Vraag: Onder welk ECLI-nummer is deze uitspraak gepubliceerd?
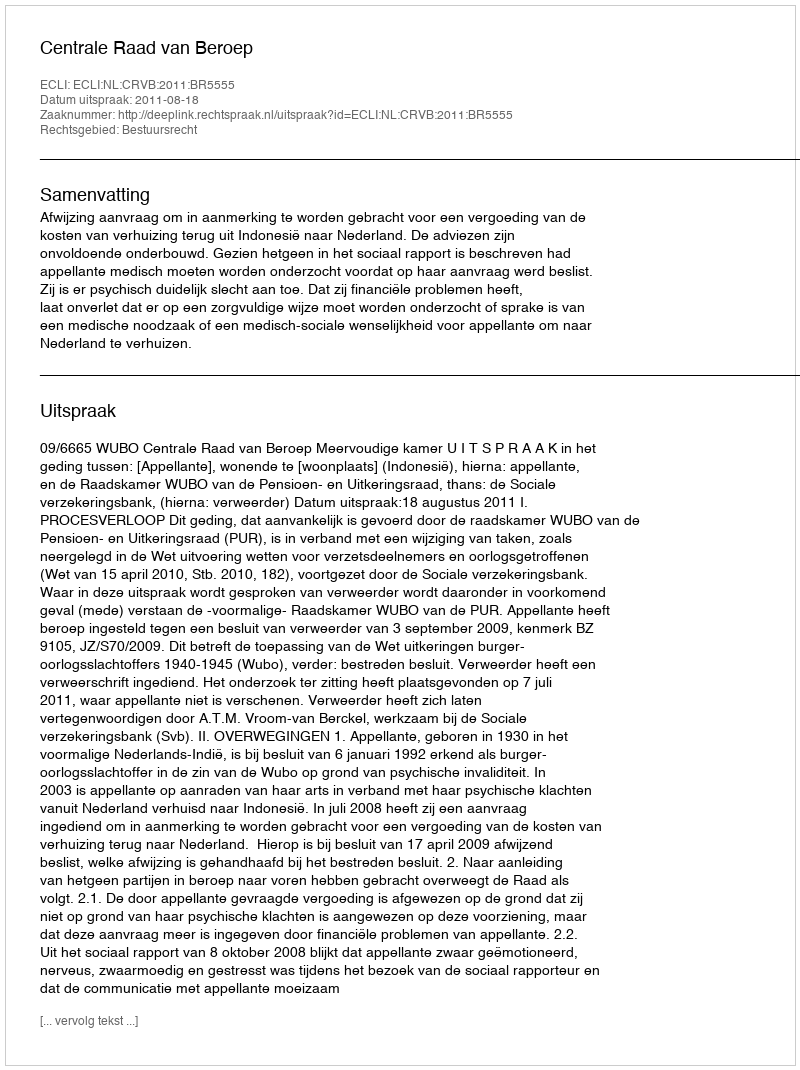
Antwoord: ECLI:NL:CRVB:2011:BR5555